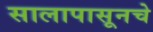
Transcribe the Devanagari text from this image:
सालापासूनचे